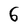
Character: 6